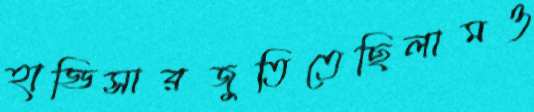
হাড্ডিসারজুতিতেছিলামও